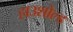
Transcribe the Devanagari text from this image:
हाउशोल्ड